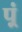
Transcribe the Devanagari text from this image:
प़्रं